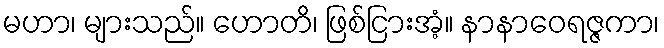
မဟာ၊ များသည်။ ဟောတိ၊ ဖြစ်ငြားအံ့။ နာနာဝေရဇ္ဇကာ၊